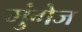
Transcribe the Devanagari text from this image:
मुंगेज